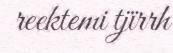
reektemi tjïrrh